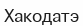
Хакодатэ